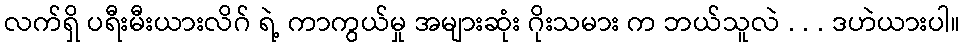
လက်ရှိ ပရီးမီးယားလိဂ် ရဲ့ ကာကွယ်မှု အများဆုံး ဂိုးသမား က ဘယ်သူလဲ . . . ဒဟဲယားပါ။